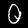
Digit: 0